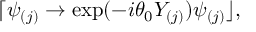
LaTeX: \lceil \psi _ { ( j ) } \rightarrow \exp ( - i \theta _ { 0 } Y _ { ( j ) } ) \psi _ { ( j ) } \rfloor ,